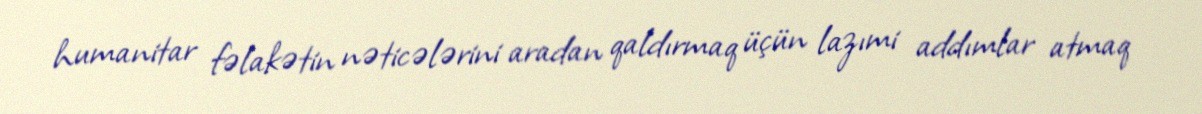
humanitar fəlakətin nəticələrini aradan qaldırmaq üçün lazımi addımlar atmaq